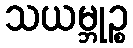
သယမ္ဘုဉ္စ